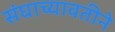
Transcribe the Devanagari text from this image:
संघाच्यावतीने